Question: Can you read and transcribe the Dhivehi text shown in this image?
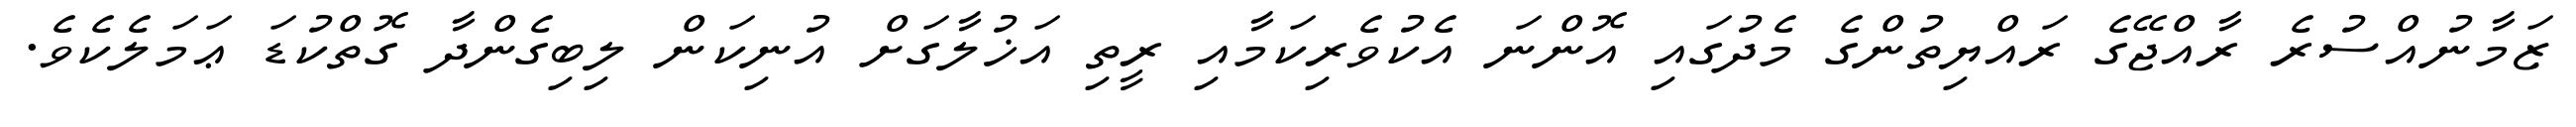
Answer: ޒަމާނުއްސުރެ ރާއްޖޭގެ ރައްޔިތުންގެ މެދުގައި އޮންނަ އެކުވެރިކަމާއި ރީތި އަޚުލާގަށް އުނިކަން ލިބިގެންދާ ގޮތްކުޑަ ޢަމަލެކެވެ.